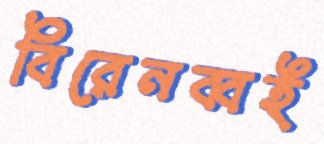
বিরেনব্বই